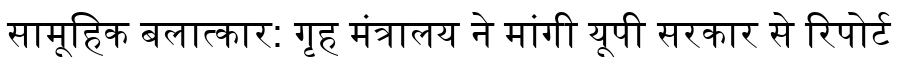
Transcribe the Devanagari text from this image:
सामूहिक बलात्कार: गृह मंत्रालय ने मांगी यूपी सरकार से रिपोर्ट